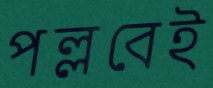
পল্লবেই